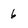
Character: 6